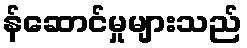
န်ဆောင်မှုများသည်